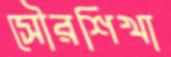
সৌরশিখা